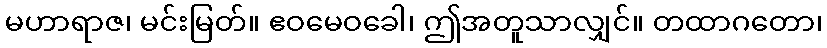
မဟာရာဇ၊ မင်းမြတ်။ ဧဝမေဝခေါ၊ ဤအတူသာလျှင်။ တထာဂတော၊